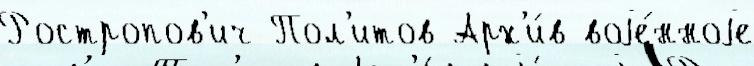
Ростропов'ич Пол'итов Арх'и́в воjе́нноjе